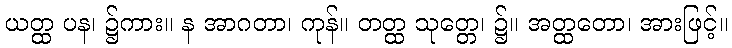
ယတ္ထ ပန၊ ၌ကား။ န အာဂတာ၊ ကုန်။ တတ္ထ သုတ္တေ၊ ၌။ အတ္ထတော၊ အားဖြင့်။